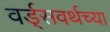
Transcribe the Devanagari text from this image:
वर्ड्‌सवर्थच्या